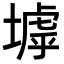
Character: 㙤